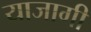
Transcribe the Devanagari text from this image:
याजागी